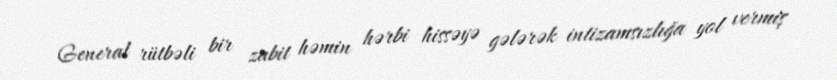
General rütbəli bir zabit həmin hərbi hissəyə gələrək intizamsızlığa yol vermiş